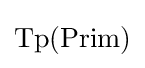
{\text{Tp}}({\text{Prim}})\,\!